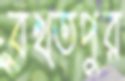
বখ্তপুর